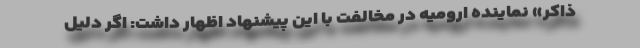
ذاکر» نماینده ارومیه در مخالفت با این پیشنهاد اظهار داشت: اگر دلیل